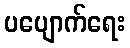
ပပျောက်ရေး